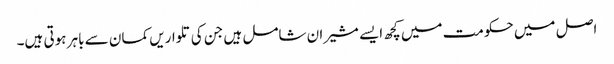
اصل میں حکومت میں کچھ ایسے مشیران شامل ہیں جن کی تلواریں کمان سے باہر ہوتی ہیں۔